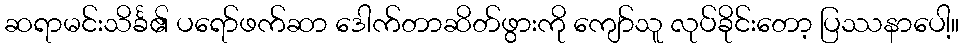
ဆရာမင်းသိင်္ခ၏ ပရော်ဖက်ဆာ ဒေါက်တာဆိတ်ဖွားကို ကျော်သူ လုပ်ခိုင်းတော့ ပြဿနာပေါ့။